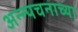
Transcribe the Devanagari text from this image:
अन्न्पचनाच्या